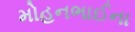
મોહનભાઈના